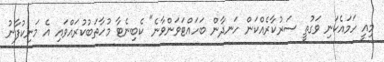
މިއީ ހަމައެކަނި ވަގުތީ ސަރުކާރެއްކަން ހަނދާން ބަހައްޓަވަންވާނެ" ކެބިނެޓާ މުހާތަބުކުރައްވައި އެ މަނިކުފާނު